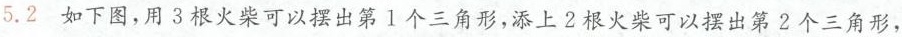
5.2 如下图，用3根火柴可以摆出第1个三角形，添上2根火柴可以摆出第2个三角形，